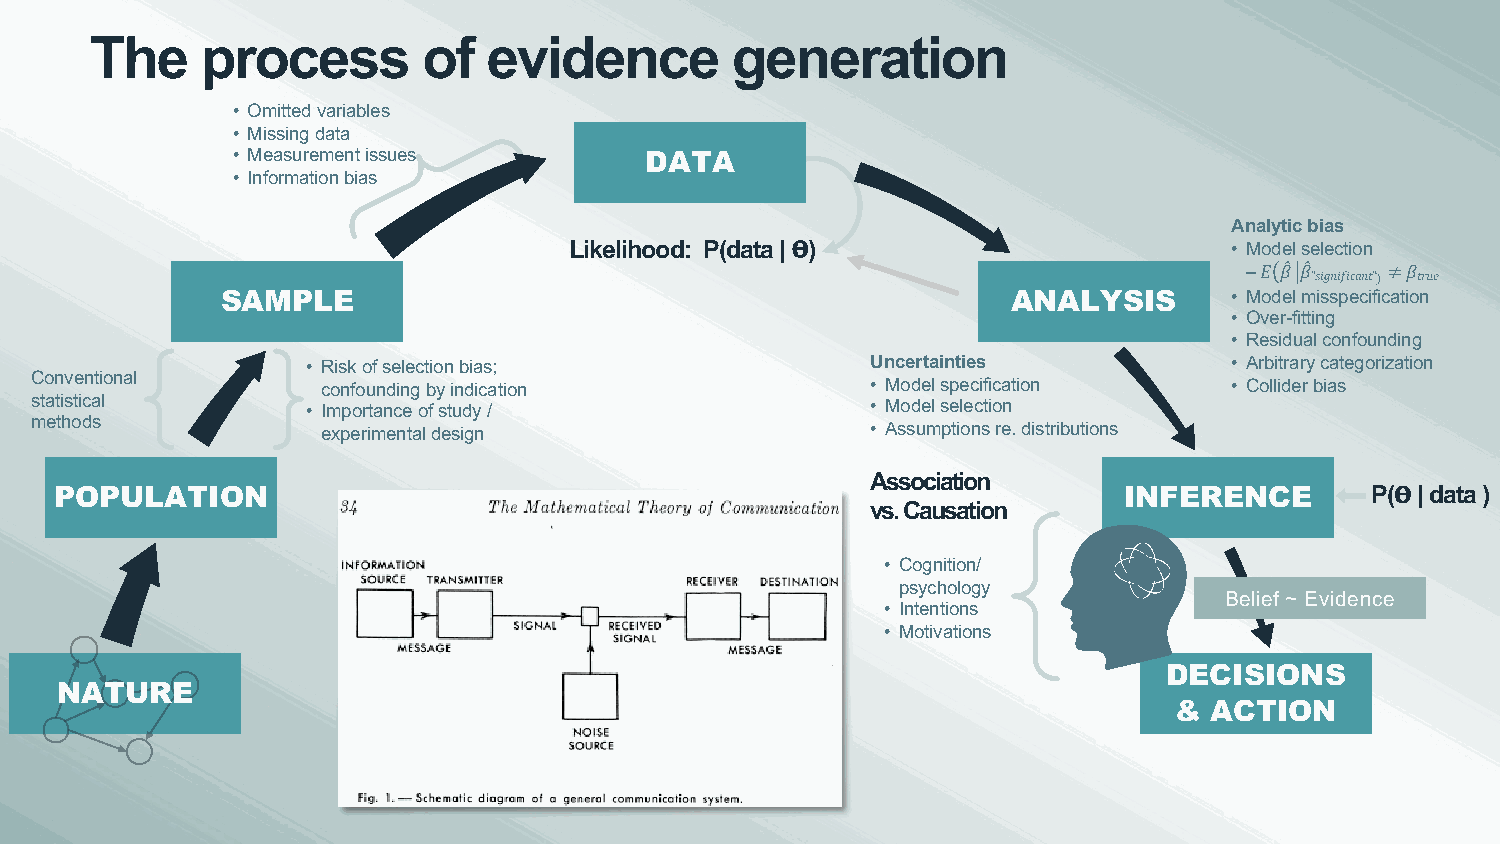
The    process        of  evidence        generation
 • Omitted variables
 • Missing data
 • Measurement issues        DATA
 • Information bias
 Analytic bias
 Likelihood: P(data | 𝚹)                     • Model selection
 –𝐸 𝛽" 𝛽"  ≠𝛽
 ”𝑠𝑖𝑔𝑛𝑖𝑓𝑖𝑐𝑎𝑛𝑡”) 𝑡𝑟𝑢𝑒
 SAMPLE                                              ANALYSIS       • Model misspecification
 • Over-fitting
 • Residual confounding
 • Risk of selection bias;             Uncertainties           • Arbitrary categorization
 Conventional
 confounding by indication            • Model specification   • Collider bias
 statistical       • Importance of study /               • Model selection
 methods
 experimental design                  • Assumptions re. distributions
 Association
 POPULATION                                                            INFERENCE        P(𝚹| data )
 vs. Causation
 • Cognition/
 psychology
 Belief ~ Evidence
 • Intentions
 • Motivations
 DECISIONS
 NATURE
 & ACTION